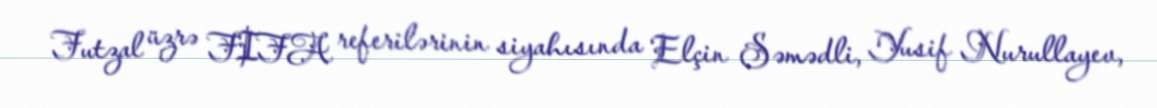
Futzal üzrə FIFA referilərinin siyahısında Elçin Səmədli, Yusif Nurullayev,